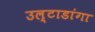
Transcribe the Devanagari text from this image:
उल्टाडांगा